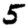
Digit: 5